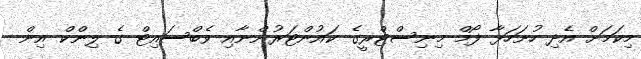
މިކަމަށް އެދި ހުށަހަޅާ ފޯމް މިނިސްޓްރީގެ ކައުންޓަރުންނާއި ވެބްސައިޓް ގެ ލިންކް އިން